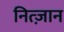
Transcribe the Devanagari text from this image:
नित्ज़ान